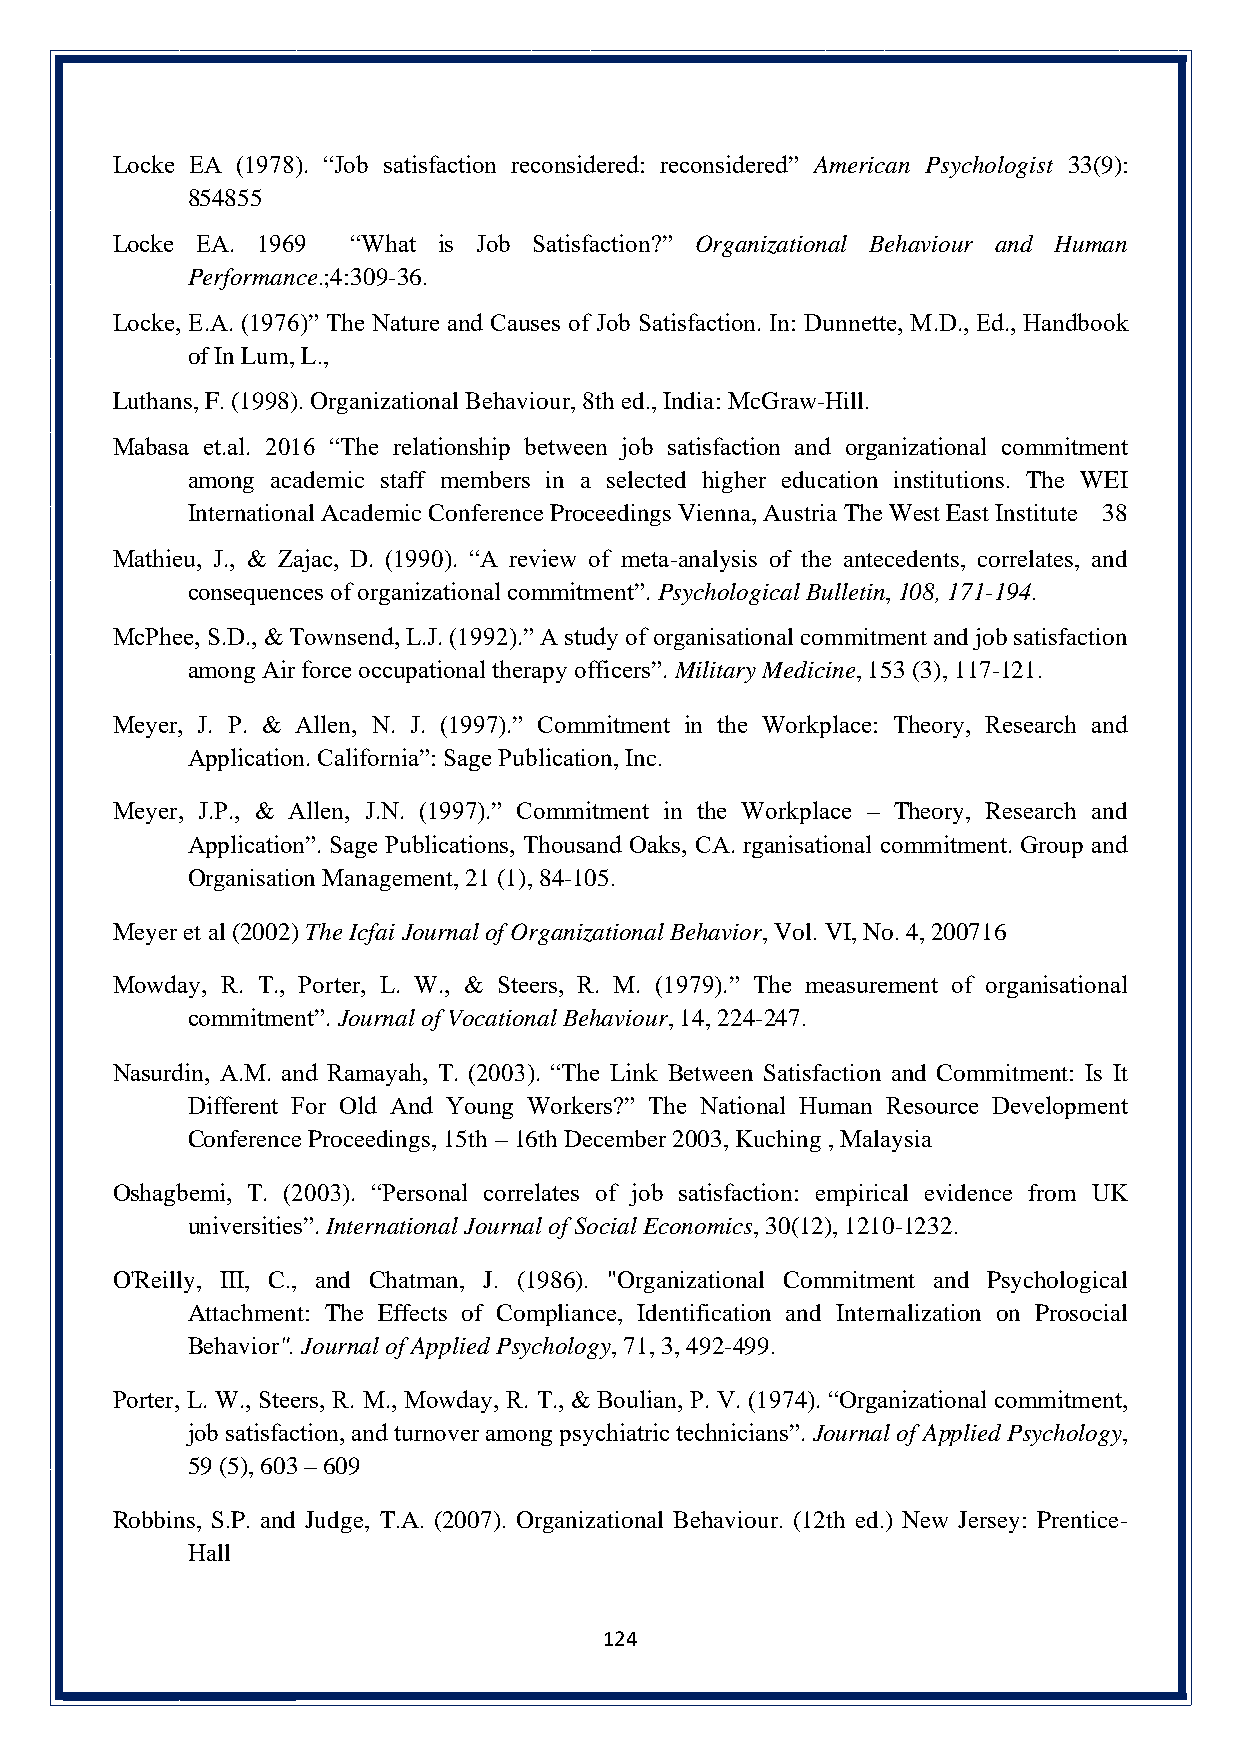
Locke EA (1978). “Job satisfaction reconsidered: reconsidered” American Psychologist 33(9):
 854855
 Locke EA. 1969  “What is Job Satisfaction?” Organizational Behaviour and Human
 Performance.;4:309-36.
 Locke, E.A. (1976)” The Nature and Causes of Job Satisfaction. In: Dunnette, M.D., Ed., Handbook
 of In Lum, L.,
 Luthans, F. (1998). Organizational Behaviour, 8th ed., India: McGraw-Hill.
 Mabasa et.al. 2016 “The relationship between job satisfaction and organizational commitment
 among academic staff members in a selected higher education institutions. The WEI
 International Academic Conference Proceedings Vienna, Austria The West East Institute 38
 Mathieu, J., & Zajac, D. (1990). “A review of meta-analysis of the antecedents, correlates, and
 consequences of organizational commitment”. Psychological Bulletin, 108, 171-194.
 McPhee, S.D., & Townsend, L.J. (1992).” A study of organisational commitment and job satisfaction
 among Air force occupational therapy officers”. Military Medicine, 153 (3), 117-121.
 Meyer, J. P. & Allen, N. J. (1997).” Commitment in the Workplace: Theory, Research and
 Application. California”: Sage Publication, Inc.
 Meyer, J.P., & Allen, J.N. (1997).” Commitment in the Workplace – Theory, Research and
 Application”. Sage Publications, Thousand Oaks, CA. rganisational commitment. Group and
 Organisation Management, 21 (1), 84-105.
 Meyer et al (2002) The Icfai Journal of Organizational Behavior, Vol. VI, No. 4, 200716
 Mowday, R. T., Porter, L. W., & Steers, R. M. (1979).” The measurement of organisational
 commitment”. Journal of Vocational Behaviour, 14, 224-247.
 Nasurdin, A.M. and Ramayah, T. (2003). “The Link Between Satisfaction and Commitment: Is It
 Different For Old And Young Workers?” The National Human Resource Development
 Conference Proceedings, 15th – 16th December 2003, Kuching , Malaysia
 Oshagbemi, T. (2003). “Personal correlates of job satisfaction: empirical evidence from UK
 universities”. International Journal of Social Economics, 30(12), 1210-1232.
 O'Reilly, III, C., and Chatman, J. (1986). "Organizational Commitment and Psychological
 Attachment: The Effects of Compliance, Identification and Internalization on Prosocial
 Behavior". Journal of Applied Psychology, 71, 3, 492-499.
 Porter, L. W., Steers, R. M., Mowday, R. T., & Boulian, P. V. (1974). “Organizational commitment,
 job satisfaction, and turnover among psychiatric technicians”. Journal of Applied Psychology,
 59 (5), 603 – 609
 Robbins, S.P. and Judge, T.A. (2007). Organizational Behaviour. (12th ed.) New Jersey: Prentice-
 Hall
 124